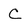
Character: C